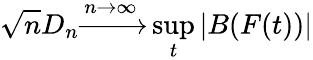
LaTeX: {\sqrt{n}}D_{n}{\xrightarrow{n\to\infty}}\operatorname*{sup}_{t}|B(F(t))|